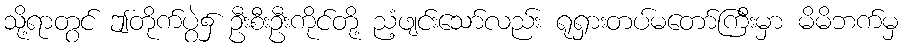
သို့ရာတွင် ဤတိုက်ပွဲ၌ ဦးစီးဦးကိုင်တို့ ညံ့ဖျင်းသော်လည်း ရုရှားတပ်မတော်ကြီးမှာ မိမိဘက်မှ